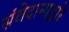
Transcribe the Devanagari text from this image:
संवेदानाद्वारे